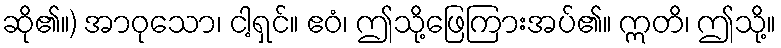
ဆို၏။) အာဝုသော၊ ငါ့ရှင်။ ဧဝံ၊ ဤသို့ဖြေကြားအပ်၏။ ဣတိ၊ ဤသို့။